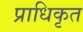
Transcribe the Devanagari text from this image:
प्राधिकृत